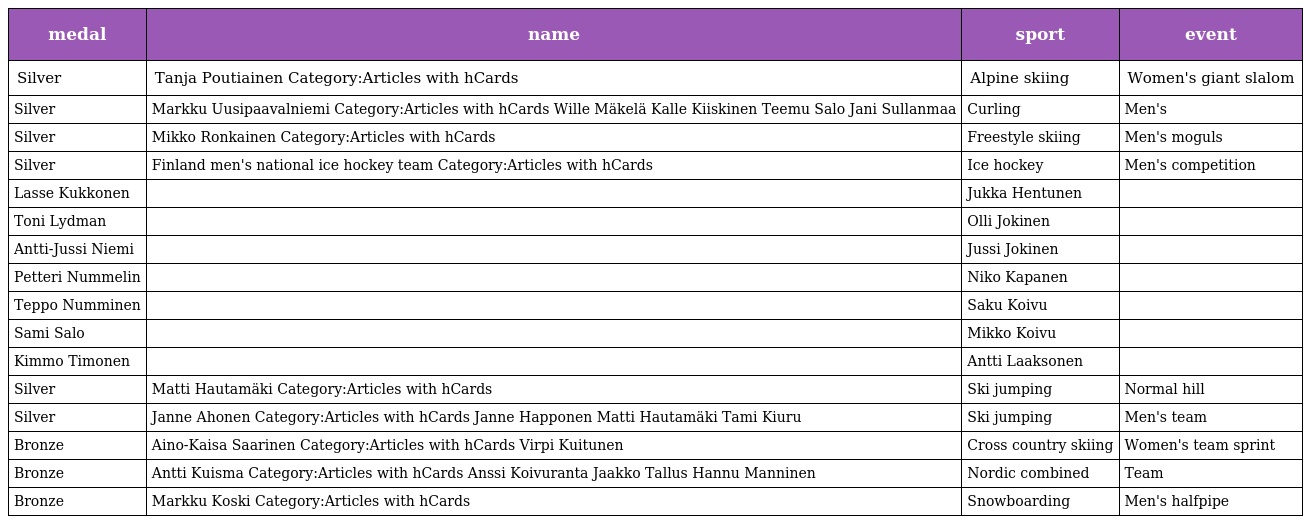
| medal | name | sport | event |
 | --- | --- | --- | --- |
 | Silver | Tanja Poutiainen Category:Articles with hCards | Alpine skiing | Women's giant slalom |
 | Silver | Markku Uusipaavalniemi Category:Articles with hCards Wille Mäkelä Kalle Kiiskinen Teemu Salo Jani Sullanmaa | Curling | Men's |
 | Silver | Mikko Ronkainen Category:Articles with hCards | Freestyle skiing | Men's moguls |
 | Silver | Finland men's national ice hockey team Category:Articles with hCards | Ice hockey | Men's competition |
 | Lasse Kukkonen |  | Jukka Hentunen |  |
 | Toni Lydman |  | Olli Jokinen |  |
 | Antti-Jussi Niemi |  | Jussi Jokinen |  |
 | Petteri Nummelin |  | Niko Kapanen |  |
 | Teppo Numminen |  | Saku Koivu |  |
 | Sami Salo |  | Mikko Koivu |  |
 | Kimmo Timonen |  | Antti Laaksonen |  |
 | Silver | Matti Hautamäki Category:Articles with hCards | Ski jumping | Normal hill |
 | Silver | Janne Ahonen Category:Articles with hCards Janne Happonen Matti Hautamäki Tami Kiuru | Ski jumping | Men's team |
 | Bronze | Aino-Kaisa Saarinen Category:Articles with hCards Virpi Kuitunen | Cross country skiing | Women's team sprint |
 | Bronze | Antti Kuisma Category:Articles with hCards Anssi Koivuranta Jaakko Tallus Hannu Manninen | Nordic combined | Team |
 | Bronze | Markku Koski Category:Articles with hCards | Snowboarding | Men's halfpipe |